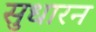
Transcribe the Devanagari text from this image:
सुधारन